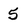
Character: 5